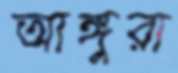
আঙ্গুরা